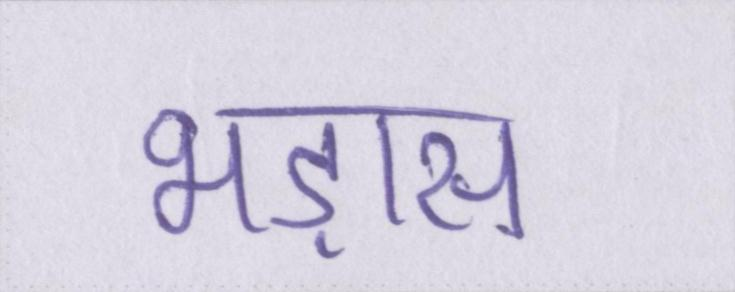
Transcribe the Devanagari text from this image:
भड़ास